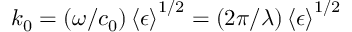
k _ { 0 } = ( \omega / c _ { 0 } ) \left\langle \epsilon \right\rangle ^ { 1 / 2 } = ( 2 \pi / \lambda ) \left\langle \epsilon \right\rangle ^ { 1 / 2 }